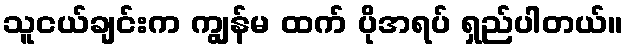
သူငယ်ချင်းက ကျွန်မ ထက် ပိုအရပ် ရှည်ပါတယ်။